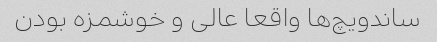
ساندویچ‌ها واقعا عالی و خوشمزه بودن